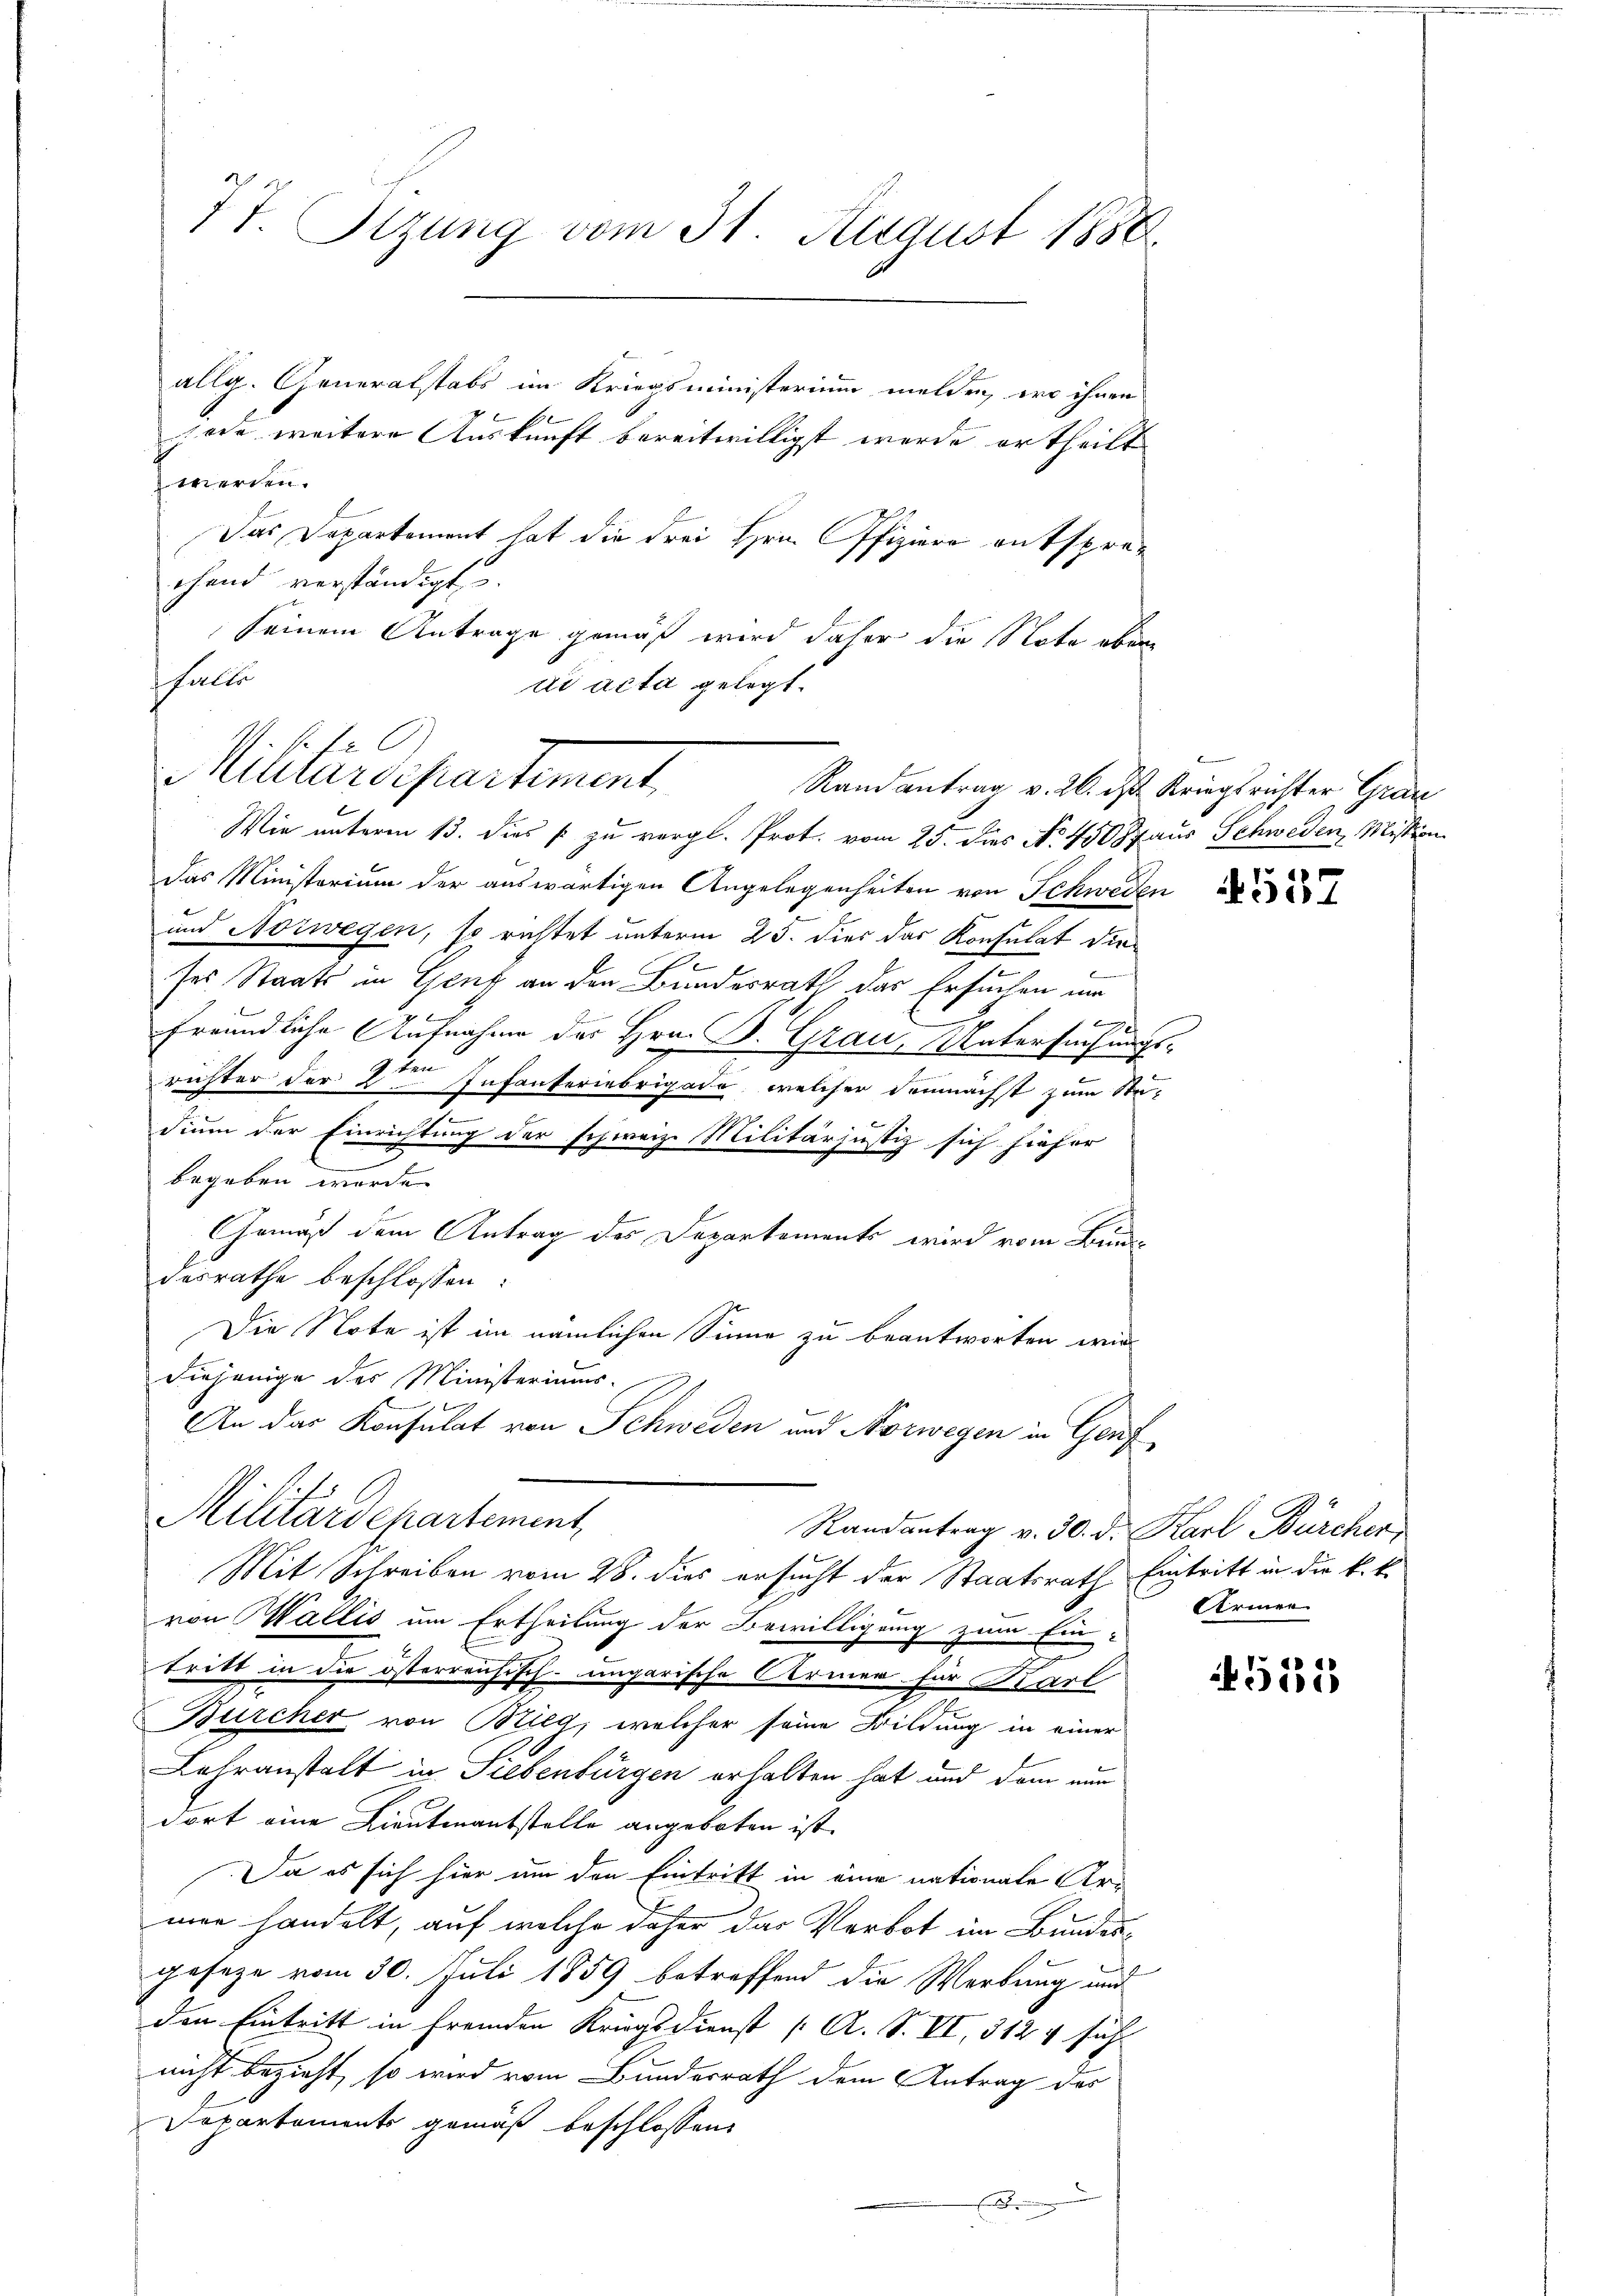
77. Stzung vom 31. August 1888.

allg. Generalstabs im Kriegsministerium melden, wo ihnen
b
sode weitere Auskunft bereitwilligst werde ertheilt
werden.
Das Departement hat die Frei Hrn. Ofiziere entsprachend verständigt
seinem Antrage gemäß wird daher die Note aber
fhalte
ad acta gelegt.
Wie unterm 13. dies p. zu vergl. Prot. vom 25. dies No. 45087 aus Schweden, Mission
Das Ministerium der auswärtigen Angelegenheiten von Schweden
und Norwegen, so richtet unterm 23. dies das Konsulat die
.
ses Staats in Genf an den Bundesrath das Ersuchen um
2

freundliche Aufnahme des Hrn. B. Grau, Untersuchungs-
richter der 2ten Infanferiebrigade, welcher demnächst zum Stu-
h
dium der Einrichtung der schweiz. Militärjustiz sich hiefer
e
begeben werde.
Gemäß dem Antrag des Departements wird vom Bundesrathe beschlossen:
Die Note ist im nämlichen Sinne zu beantworten wird
Diejenige des Ministeriums.

An das Konsulat von Schweden und Norwegen in Genf
Militärdepartement,
Randantrag v. 30. d. Karl Bürcher
Mit Schreiben vom 28. dies ersucht der Staatsrath Eintritt in die k. k.
von Wallis um Ertheilung der Bewilligung zum Ein-
tritt in die österreichisch-ungarische Armer für Karl
Bürcher von Brieg, welcher seine Bildung in einer
Lehranstalt in Siebenbürgen erhalten hat und dem nun
dort eine Lieutnantstelle angeboten ist.
Da es sich hier um den Eintritt in eine nationale Armen handelt, auf welche daher das Verbot im Bundesgeseze vom 30. Juli 1859 betreffend die Werbung und
den Eintritt in fremden Kriegsdienst ( A. S. VI, 312 4 sich
nicht bezieht, so wird vom Bunderrath dem Antrag des
Departements gemäß beschlossen:
x

720
Mitardepartement,

Randantrag v. 26. ds Kriegsrichter Grau

4557

Armen

521